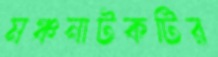
মঞ্চনাটকটির